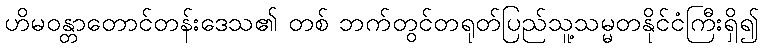
ဟိမဝန္တာတောင်တန်းဒေသ၏ တစ် ဘက်တွင်တရုတ်ပြည်သူ့သမ္မတနိုင်ငံကြီးရှိ၍